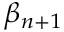
\beta _ { n + 1 }